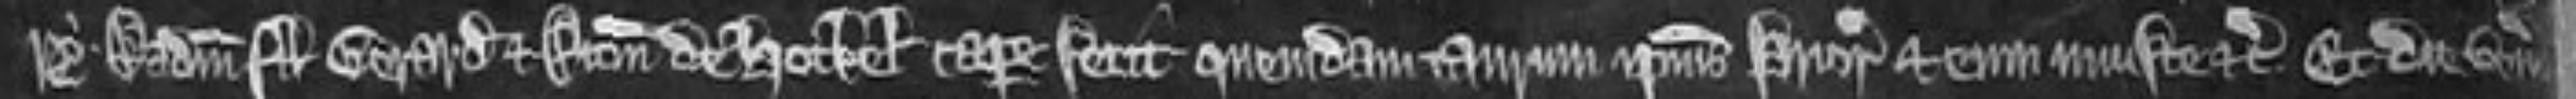
ry. Radulfum filium Gerardi et Ricardum de Hockel capere fecit quemdam taurum ipsius Prioris et eum injuste etc. Et die veneris